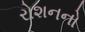
રોશનનો